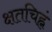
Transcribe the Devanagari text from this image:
क्षतचिह्नं